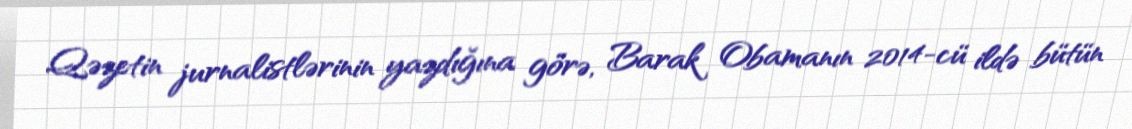
Qəzetin jurnalistlərinin yazdığına görə, Barak Obamanın 2014-cü ildə bütün